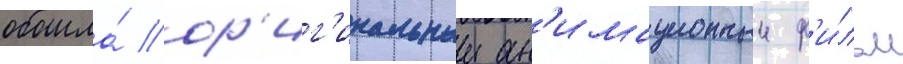
обошла́ ор'иг'инальныи ан'имационныи ф'и́льм